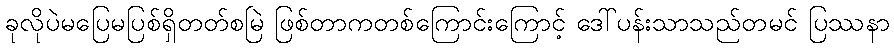
ခုလိုပဲမပြေမပြစ်ရှိတတ်စမြဲ ဖြစ်တာကတစ်ကြောင်းကြောင့် ဒေါ်ပန်းသာသည်တမင် ပြဿနာ